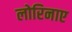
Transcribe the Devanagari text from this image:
लोरिनाए